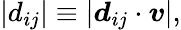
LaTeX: \begin{array}{r}{|d_{ij}|\equiv|\boldsymbol{d}_{ij}\cdot\boldsymbol{v}|,}\end{array}